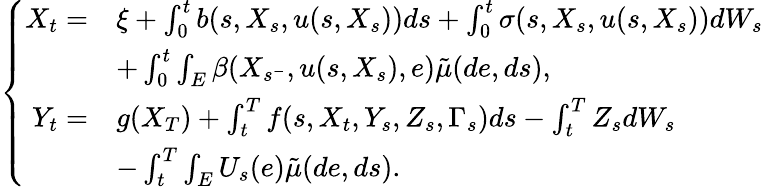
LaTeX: \begin{array}{r}{\left\{ \begin{array}{rl}{X_{t}=}&{\xi+\int_{0}^{t}b(s,X_{s},u(s,X_{s}))ds+\int_{0}^{t}\sigma(s,X_{s},u(s,X_{s}))dW_{s}}\\ &{+\int_{0}^{t}\int_{E}\beta(X_{s^{-}},u(s,X_{s}),e)\tilde{\mu}(de,ds),}\\ {Y_{t}=}&{g(X_{T})+\int_{t}^{T}f(s,X_{t},Y_{s},Z_{s},\Gamma_{s})ds-\int_{t}^{T}Z_{s}dW_{s}}\\ &{-\int_{t}^{T}\int_{E}U_{s}(e)\tilde{\mu}(de,ds).}\end{array}\right.}\end{array}